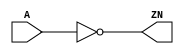
module INV_X32 (A, ZN);
  input A;
  output ZN;

  not(ZN, A);


endmodule